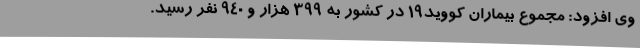
وی افزود: مجموع بیماران کووید19 در کشور به 399 هزار و 940 نفر رسید.